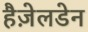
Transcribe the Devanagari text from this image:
हैज़ेलडेन